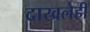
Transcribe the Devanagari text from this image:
दाखलेही